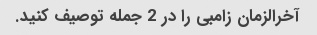
آخرالزمان زامبی را در 2 جمله توصیف کنید.